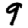
Digit: 9